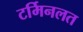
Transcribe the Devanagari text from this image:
टर्मिनलत